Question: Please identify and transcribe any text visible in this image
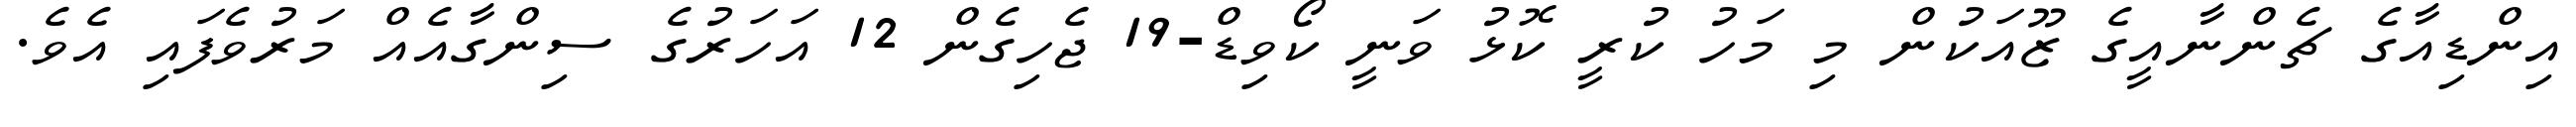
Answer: އިންޑިއާގެ ޗެންނާއީގެ ޒޫއަކުން މި މަހު ކުރީ ކޮޅު ވަނީ ކޯވިޑް-19 ޖެހިގެން 12 އަހަރުގެ ސިންގާއެއް މަރުވެފައި އެވެ.